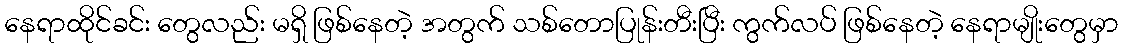
နေရာထိုင်ခင်း တွေလည်း မရှိ ဖြစ်နေတဲ့ အတွက် သစ်တောပြုန်းတီးပြီး ကွက်လပ် ဖြစ်နေတဲ့ နေရာမျိုးတွေမှာ